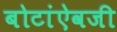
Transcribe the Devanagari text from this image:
बोटांऐवजी